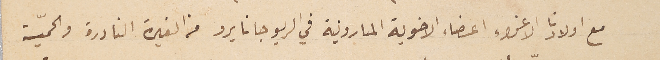
مع اولادنا الاعزاء اعضاء الاخوية المارونية في الريو جانايرو من الغيرة النادرة والحميّة